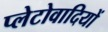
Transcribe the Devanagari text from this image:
प्लेटोवादियों